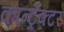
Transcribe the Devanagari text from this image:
कॉन्ट्रैक्टर